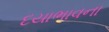
દયાભાવના